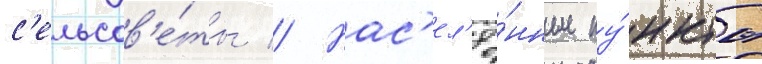
с'ельсов'е́ты // Нас'ел'ё́нные пу́нкты